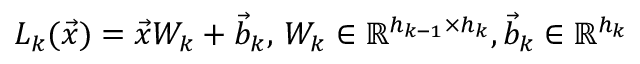
L _ { k } ( \vec { x } ) = \vec { x } W _ { k } + \vec { b } _ { k } , \, W _ { k } \in \mathbb { R } ^ { h _ { k - 1 } \times h _ { k } } , \vec { b } _ { k } \in \mathbb { R } ^ { h _ { k } }